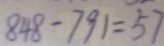
8 4 8 - 7 9 1 = 5 7